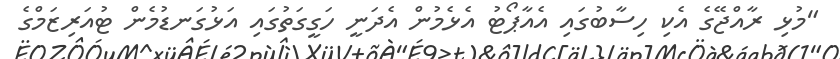
"މުޅި ރާއްޖޭގެ އެކި ހިސާބުގައި އެއާޕޯޓު އެޅެމުން އެދަނީ ހަގީގަތުގައި އަޅުގަނޑުމެން ޓުއަރިޒަމްގެ